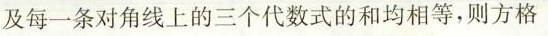
及每一条对角线上的三个代数式的和均相等，则方格